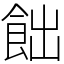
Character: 飿